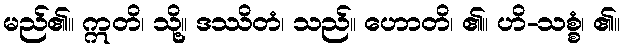
မည်၏။ ဣတိ၊ သို့။ ဒဿိတံ၊ သည်။ ဟောတိ၊ ၏။ ဟိ-သစ္စံ၊ ၏။